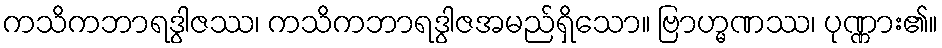
ကသိကဘာရဒွါဇဿ၊ ကသိကဘာရဒွါဇအမည်ရှိသော။ ဗြာဟ္မဏဿ၊ ပုဏ္ဏား၏။